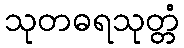
သုတဓရသုတ္တံ